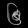
Digit: ၆